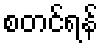
စတင်ရန်